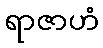
ရာဇာဟံ